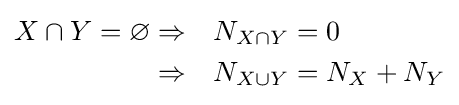
{\begin{aligned}X\cap Y=\varnothing &\Rightarrow &N_{X\cap Y}&=0\\&\Rightarrow &N_{X\cup Y}&=N_{X}+N_{Y}\end{aligned}}